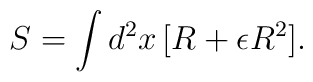
S = \int d^2x\, [ R + \epsilon R^2 ].